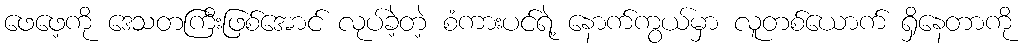
ဖေဖေ့ကို ဒေသတကြီးဖြစ်အောင် လုပ်ခဲ့တဲ့ စံကားပင်ရဲ့ နောက်ကွယ်မှာ လူတစ်ယောက် ရှိနေတာကို